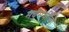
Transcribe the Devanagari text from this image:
मर्दुमकीची